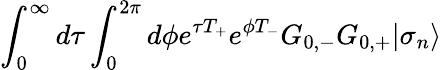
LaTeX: \int_{0}^{\infty}d\tau\int_{0}^{2\pi}d\phi{\textstyle e}^{\tau T_{+}}{\textstyle e}^{\phi T_{-}}G_{0,-}G_{0,+}|\sigma_{n}\rangle